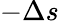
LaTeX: -\Delta s